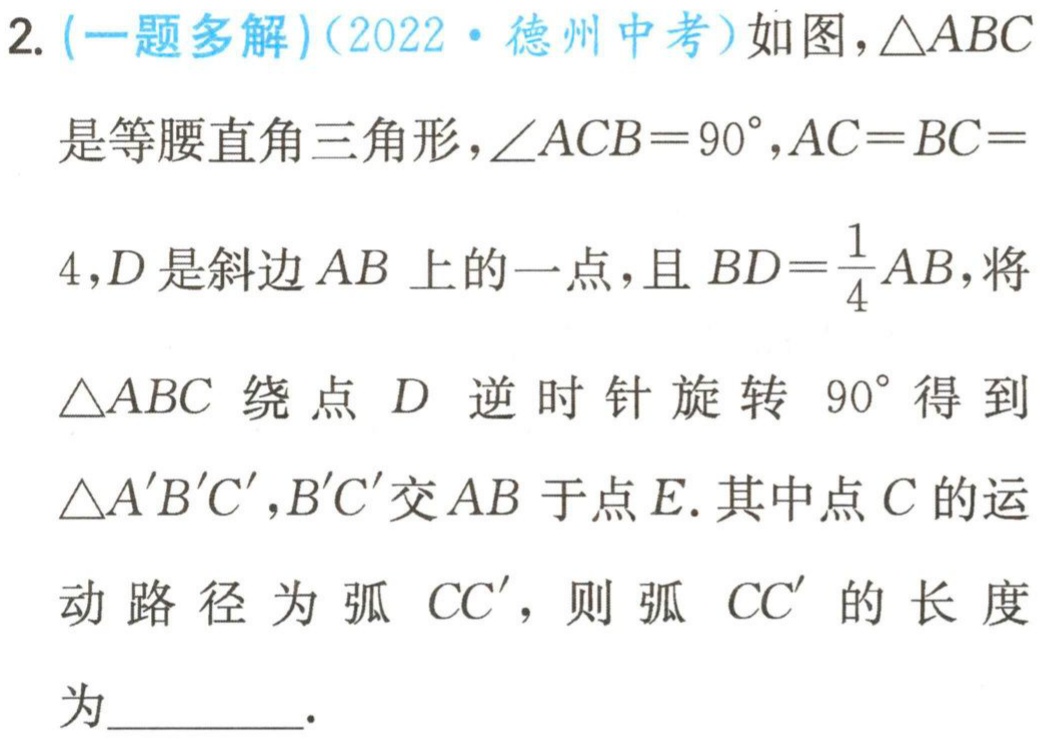
2. (一题多解)(2022·德州中考)如图，\(\triangle ABC\)是等腰直角三角形，\(\angle ACB = 90^{\circ}\)，\(AC = BC = 4\)，\(D\)是斜边\(AB\)上的一点，且\(BD=\frac{1}{4}AB\)，将\(\triangle ABC\)绕点\(D\)逆时针旋转\(90^{\circ}\)得到\(\triangle A'B'C'\)，\(B'C'\)交\(AB\)于点\(E\). 其中点\(C\)的运动路径为弧\(CC'\)，则弧\(CC'\)的长度为  .